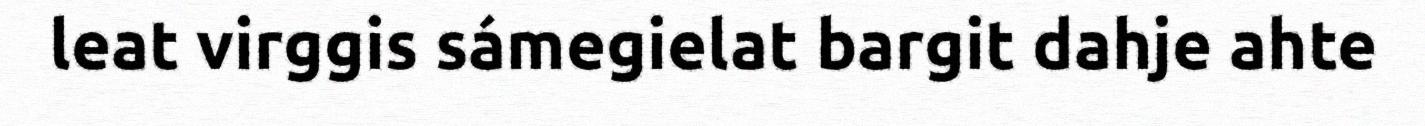
leat virggis sámegielat bargit dahje ahte